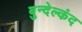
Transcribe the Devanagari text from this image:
बुन्देल्कंद